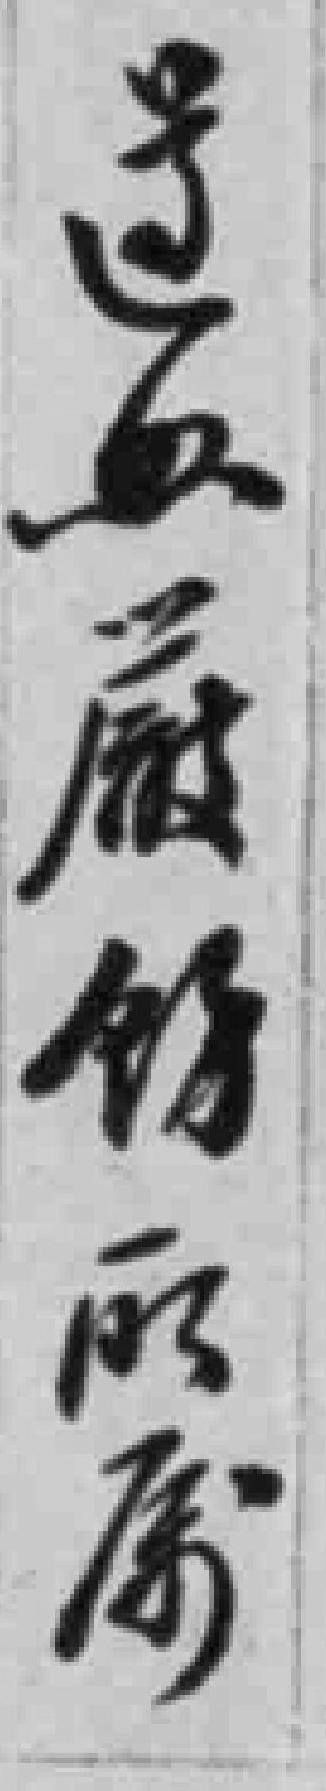
*血*餘所属